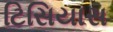
ટિસિયાસ